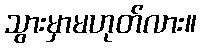
သွားမှာမဟုတ်လား။